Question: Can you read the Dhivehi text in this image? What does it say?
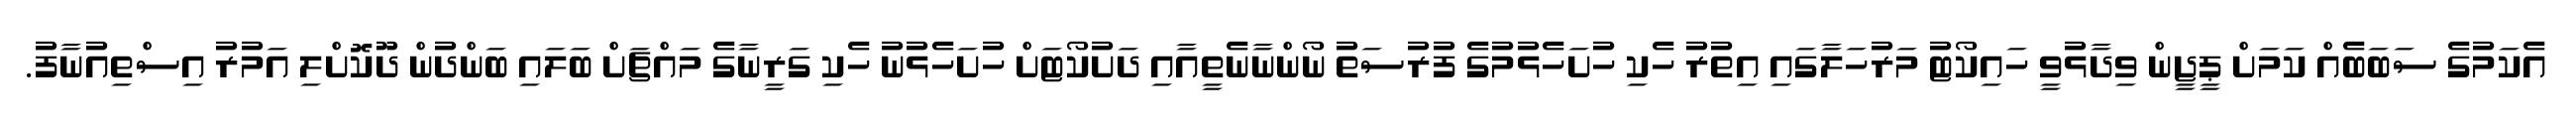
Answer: އެކަމުގެ ސަބަބެއް ކަމަށް ޕީޖީން ވިދާޅުވީ ހައިކޯޓު މަރުހަލާގައި އިތުރު ހެކި ހުށަހެޅުމުގެ ފުރުސަތު ނޯންނާނެތީއާއި ދަށުކޯޓަށް ހުށަހެޅުނު ހެކި ގަރީނާގެ މައްޗަށް ބަލައި ބަންދުން ދޫކޮށްލި އަމުރު އިސްތިއުނާފު.